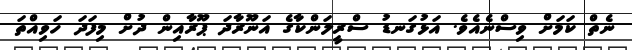
ނެތް ކަމަށް ވިސްނެއެވެ. އަޅުގަނޑު ސްރީލަންކާގެ އަނޫރާދަ ޕޫރާއިން ދުށް މިފަދަ ހަވިއްތަ